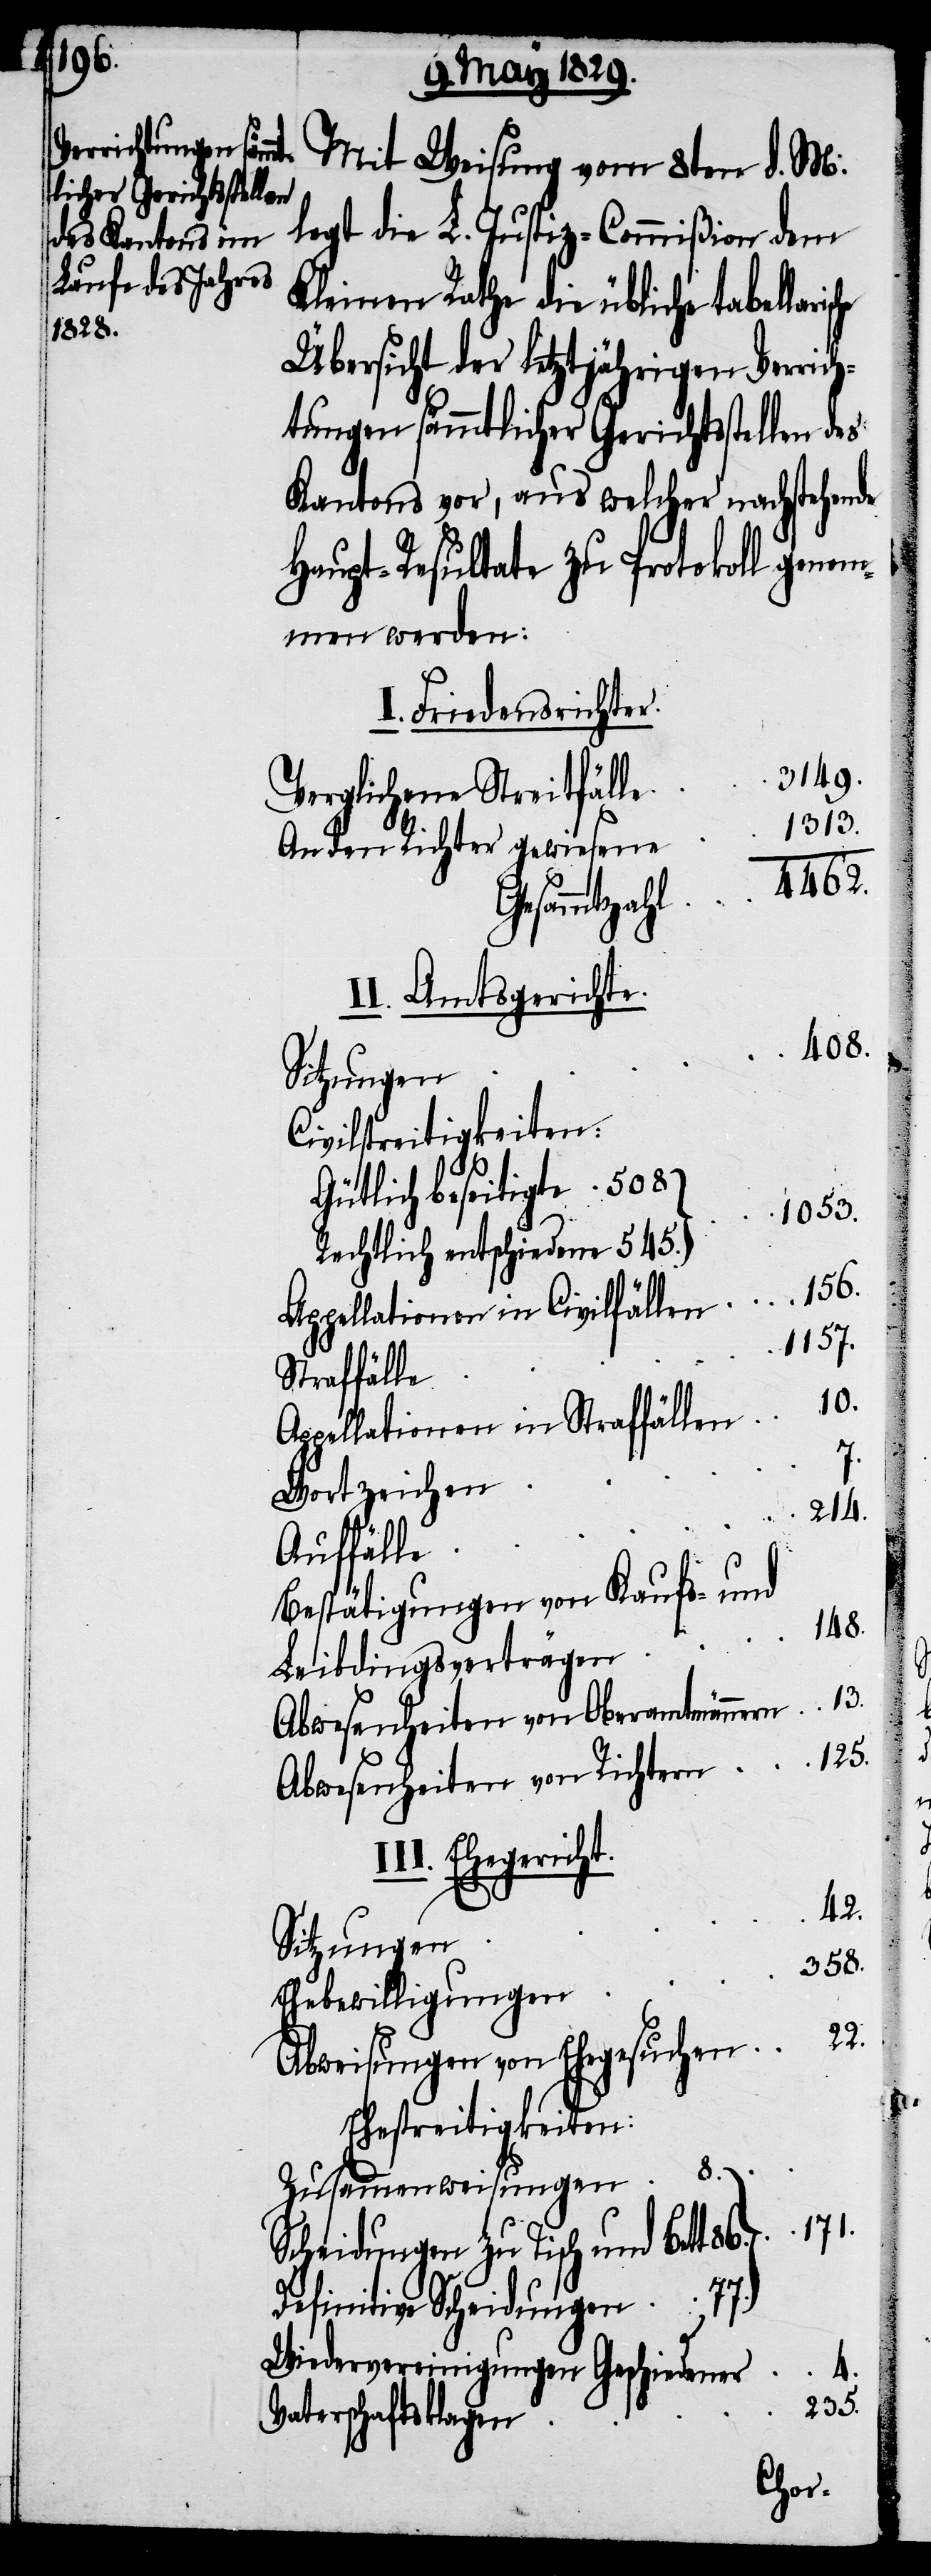
Mit Weisung vom 8ten d. M.
legt die L. Justiz-Commißion dem
Kleinen Rathe die übliche tabellari¬
Übersicht der letztjährigen Verrich¬
tungen sämmtlicher Gerichtsstellen des
Kantons vor, aus welcher nachstehende
Haupt-Resultate zu Protokoll genom¬
men werden:
I. Friedensrichter.
3149.
Verglichene Streitfälle
1313.
An den Richter gewiesene
4462.
Gesammtzahl
II. Amtsgerichte.
408.
Civilstreitigkeiten
Gütlich beseitigte 508
1053.
Rechtlich entschieden 545.
Appellationen in Civilfällen
1157.
Straffälle
10.
Appellationen in Straffällen
Wortzeichen
214.
7.
Auffälle
Bestätigungen von Kaufs- und
148.
Leibdingsverträgen
Abwesenheiten von Oberamtmännern
125.
Abwesenheiten von Richtern
III. Ehegericht.
42.
Sitzungen
358.
Ehebewilligungen
22.
Abweisungen von Ehegesuchen
Ehestreitigkeiten:
8.
Zusammenweisungen
171.
Scheidungen zu Tisch und Bett 86.
Definitive Scheidungen 77.
Wiedervereinigungen Geschiedener
4.
235.
Vaterschaftsklagen